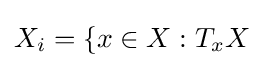
X_{i}=\{x\in X:T_{x}X